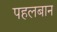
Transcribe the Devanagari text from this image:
पहलबान